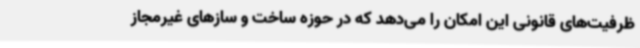
ظرفیت‌های قانونی این امکان را می‌دهد که در حوزه ساخت و سازهای غیرمجاز